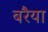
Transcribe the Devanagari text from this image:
बरैया